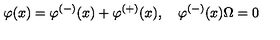
\varphi ( x ) = \varphi ^ { ( - ) } ( x ) + \varphi ^ { ( + ) } ( x ) , \quad \varphi ^ { ( - ) } ( x ) \Omega = 0